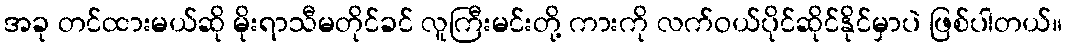
အခု တင်ထားမယ်ဆို မိုးရာသီမတိုင်ခင် လူကြီးမင်းတို့ ကားကို လက်ဝယ်ပိုင်ဆိုင်နိုင်မှာပဲ ဖြစ်ပါတယ်။